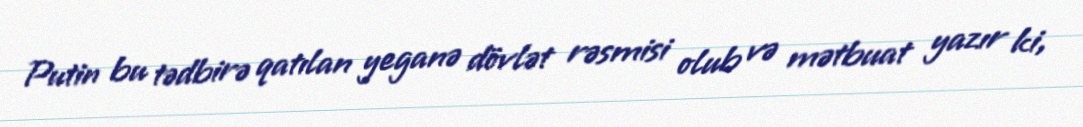
Putin bu tədbirə qatılan yeganə dövlət rəsmisi olub və mətbuat yazır ki,